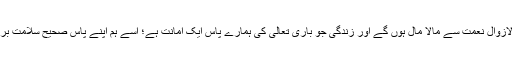
جبکہ صحت و تندرستی کی لازوال نعمت سے مالا مال ہوں گے اور زندگی جو باری تعالی کی ہمارے پاس ایک امانت ہے؛ اسے ہم اپنے پاس صحیح سلامت بر قرار رکھنے والے ہوں گے۔